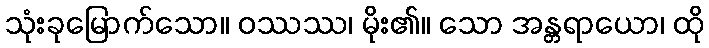
သုံးခုမြောက်သော။ ဝဿဿ၊ မိုး၏။ သော အန္တရာယော၊ ထို